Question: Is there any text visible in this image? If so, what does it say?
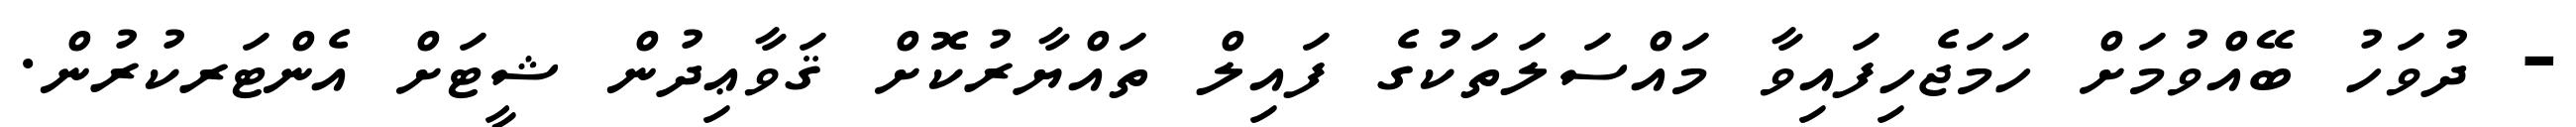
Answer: - ދުވަހު ބޭއްވުމަށް ހަމަޖެހިފައިވާ މައްސަލަތަކުގެ ފައިލް ތައްޔާރުކޮށް ޤަވާޢިދުން ޝީޓަށް އެންޓަރކުރުން.